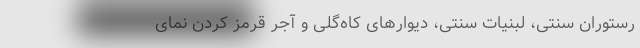
رستوران سنتی، لبنیات سنتی، دیوارهای کاه‌گلی و آجر قرمز کردن نمای